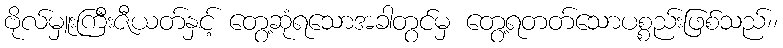
ဗိုလ်မှူးကြီးဇီယတ်နှင့် တွေ့ဆုံရသောအခါတွင်မှ တွေ့ရတတ်သောပစ္စည်းဖြစ်သည်၊၊